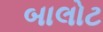
બાલોટ